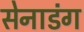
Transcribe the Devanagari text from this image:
सेनाडंग